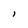
Character: l